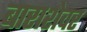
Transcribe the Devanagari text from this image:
बाराशेवर